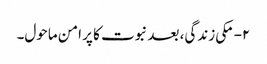
۲- مکی زندگی، بعد نبوت کا پر امن ماحول۔